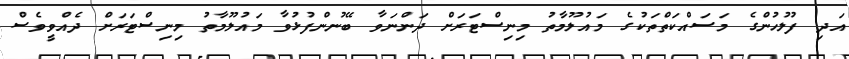
އަދި ފުލުހުންގެ މަސައްކަތްތަކުގެ މައުލޫމާތު މިނިސްޓަރަށް ދަންނަވާ ބޭނުންފުޅުވާ މައުލޫމާތު މިނިސްޓަރަށް ދެއްވީވެސް